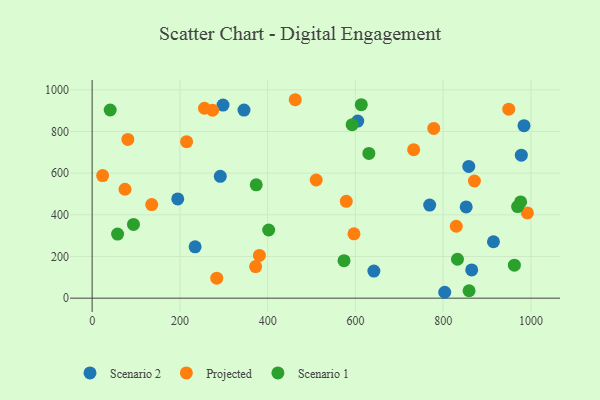
{"axis": {"x": "Speed", "y": "Exam Score"}, "legend": ["Projected", "Scenario 1", "Scenario 2"], "data": [{"x": "642.2", "y": 130.1, "type": "Scenario 2"}, {"x": "914.7", "y": 270.7, "type": "Scenario 2"}, {"x": "769.3", "y": 446.9, "type": "Scenario 2"}, {"x": "346.1", "y": 902.5, "type": "Scenario 2"}, {"x": "865.1", "y": 135.4, "type": "Scenario 2"}, {"x": "605.4", "y": 849.9, "type": "Scenario 2"}, {"x": "234.7", "y": 246.2, "type": "Scenario 2"}, {"x": "858.4", "y": 632.5, "type": "Scenario 2"}, {"x": "852.5", "y": 438.0, "type": "Scenario 2"}, {"x": "803.6", "y": 28.3, "type": "Scenario 2"}, {"x": "984.3", "y": 827.7, "type": "Scenario 2"}, {"x": "978.2", "y": 686.1, "type": "Scenario 2"}, {"x": "195.1", "y": 476.1, "type": "Scenario 2"}, {"x": "298.3", "y": 926.7, "type": "Scenario 2"}, {"x": "292.1", "y": 584.8, "type": "Scenario 2"}, {"x": "992.0", "y": 409.0, "type": "Projected"}, {"x": "23.9", "y": 588.4, "type": "Projected"}, {"x": "579.3", "y": 464.7, "type": "Projected"}, {"x": "81.4", "y": 761.7, "type": "Projected"}, {"x": "274.5", "y": 901.8, "type": "Projected"}, {"x": "372.6", "y": 151.5, "type": "Projected"}, {"x": "215.3", "y": 751.0, "type": "Projected"}, {"x": "135.8", "y": 449.4, "type": "Projected"}, {"x": "74.9", "y": 522.7, "type": "Projected"}, {"x": "256.0", "y": 911.5, "type": "Projected"}, {"x": "284.0", "y": 95.8, "type": "Projected"}, {"x": "778.6", "y": 814.7, "type": "Projected"}, {"x": "462.9", "y": 952.4, "type": "Projected"}, {"x": "732.8", "y": 712.8, "type": "Projected"}, {"x": "381.3", "y": 205.1, "type": "Projected"}, {"x": "871.3", "y": 562.4, "type": "Projected"}, {"x": "510.7", "y": 567.2, "type": "Projected"}, {"x": "949.5", "y": 907.0, "type": "Projected"}, {"x": "596.8", "y": 309.0, "type": "Projected"}, {"x": "829.9", "y": 345.1, "type": "Projected"}, {"x": "859.1", "y": 35.6, "type": "Scenario 1"}, {"x": "58.0", "y": 307.4, "type": "Scenario 1"}, {"x": "402.4", "y": 327.2, "type": "Scenario 1"}, {"x": "976.6", "y": 461.9, "type": "Scenario 1"}, {"x": "613.4", "y": 928.5, "type": "Scenario 1"}, {"x": "969.7", "y": 439.7, "type": "Scenario 1"}, {"x": "574.1", "y": 179.8, "type": "Scenario 1"}, {"x": "592.6", "y": 832.8, "type": "Scenario 1"}, {"x": "630.7", "y": 694.5, "type": "Scenario 1"}, {"x": "962.4", "y": 158.2, "type": "Scenario 1"}, {"x": "41.1", "y": 903.0, "type": "Scenario 1"}, {"x": "374.0", "y": 544.0, "type": "Scenario 1"}, {"x": "94.2", "y": 354.1, "type": "Scenario 1"}, {"x": "832.7", "y": 186.8, "type": "Scenario 1"}]}